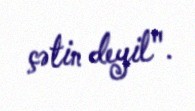
çətin deyil".